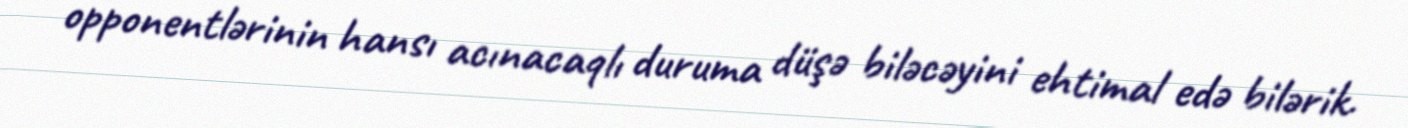
opponentlərinin hansı acınacaqlı duruma düşə biləcəyini ehtimal edə bilərik.